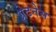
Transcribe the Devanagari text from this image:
ग्रेटनेस